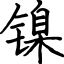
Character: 镍